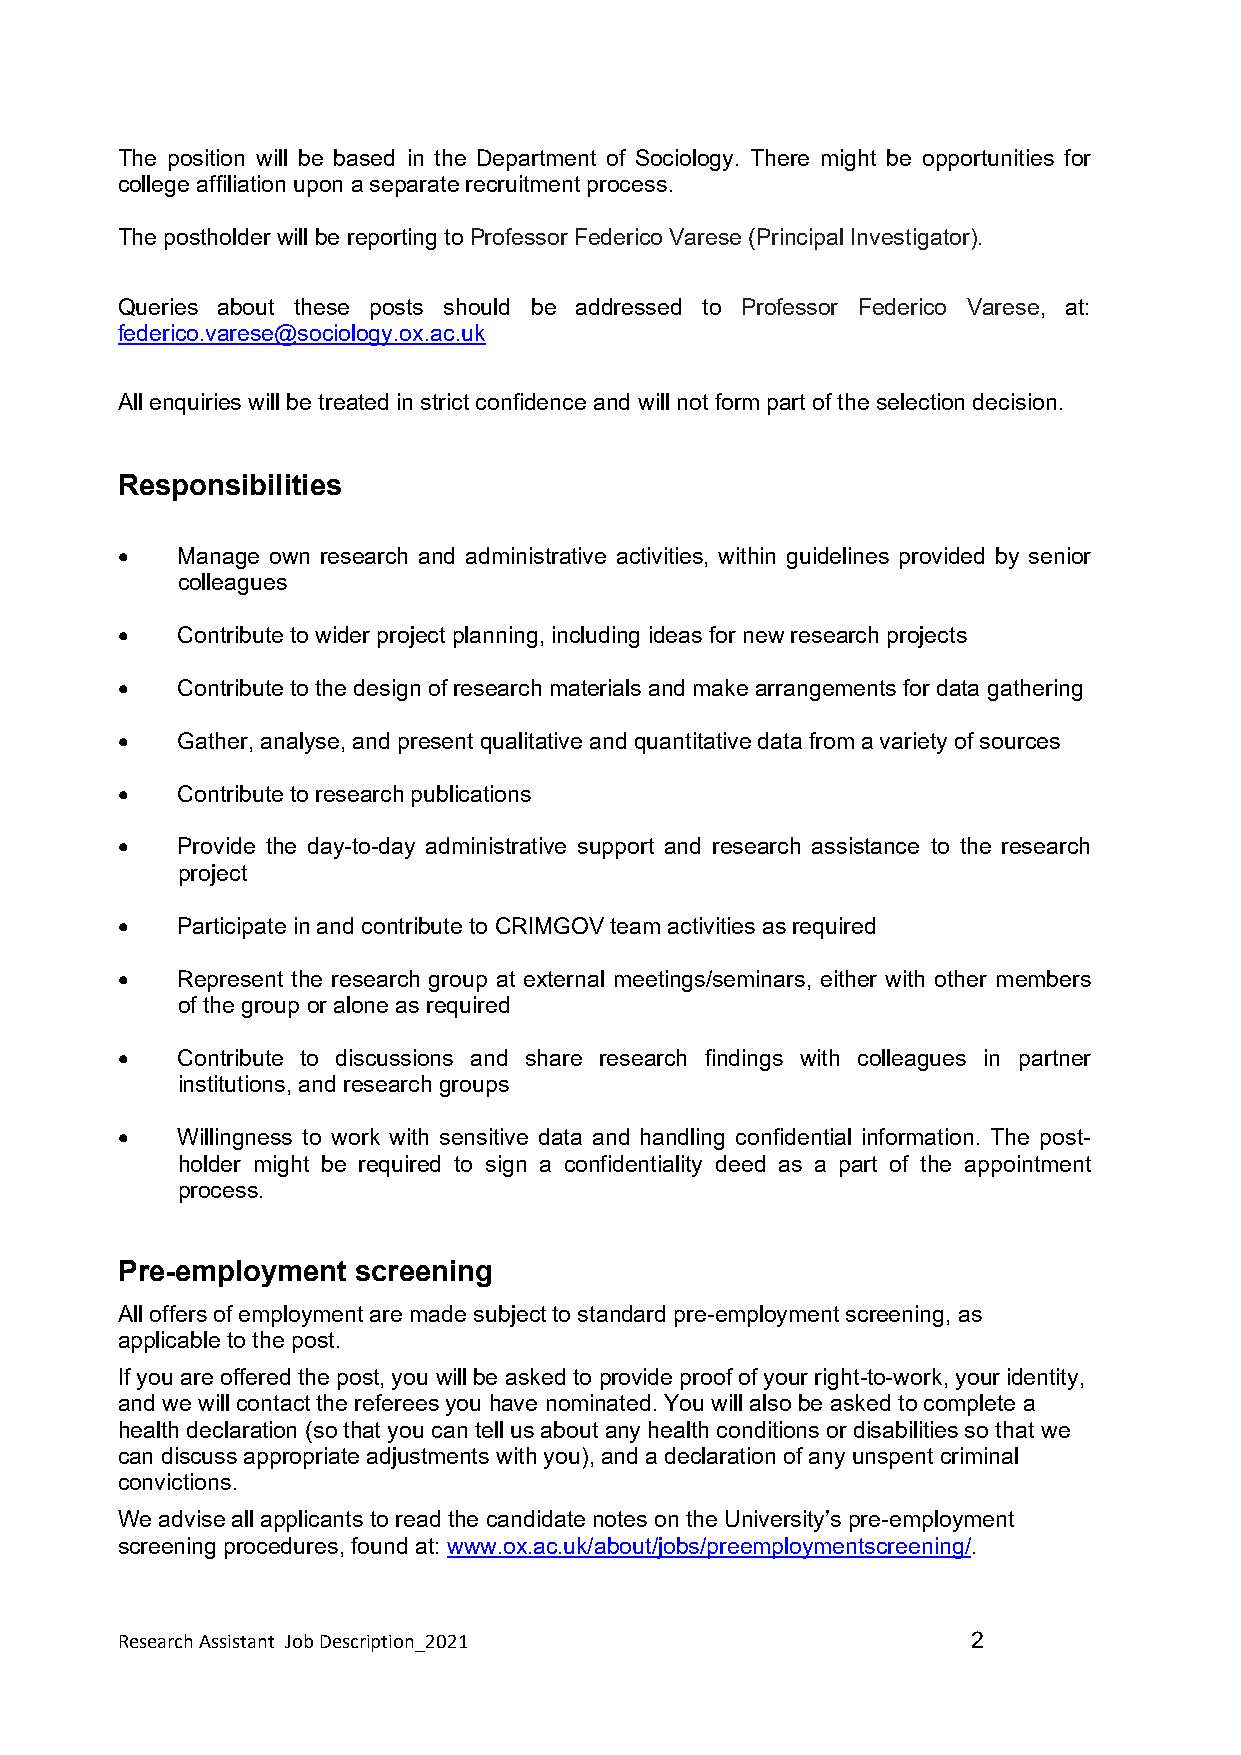
The position will be based in the Department of Sociology. There might be opportunities for
 college affiliation upon a separate recruitment process.
 The postholder will be reporting to Professor Federico Varese (Principal Investigator).
 Queries about these posts should be addressed to Professor Federico Varese, at:
 federico.varese@sociology.ox.ac.uk
 All enquiries will be treated in strict confidence and will not form part of the selection decision.
 Responsibilities
    Manage own research and administrative activities, within guidelines provided by senior
 colleagues
    Contribute to wider project planning, including ideas for new research projects
    Contribute to the design of research materials and make arrangements for data gathering
    Gather, analyse, and present qualitative and quantitative data from a variety of sources
    Contribute to research publications
    Provide the day-to-day administrative support and research assistance to the research
 project
    Participate in and contribute to CRIMGOV team activities as required
    Represent the research group at external meetings/seminars, either with other members
 of the group or alone as required
    Contribute to discussions and share research findings with colleagues in partner
 institutions, and research groups
    Willingness to work with sensitive data and handling confidential information. The post-
 holder might be required to sign a confidentiality deed as a part of the appointment
 process.
 Pre-employment  screening
 All offers of employment are made subject to standard pre-employment screening, as
 applicable to the post.
 If you are offered the post, you will be asked to provide proof of your right-to-work, your identity,
 and we will contact the referees you have nominated. You will also be asked to complete a
 health declaration (so that you can tell us about any health conditions or disabilities so that we
 can discuss appropriate adjustments with you), and a declaration of any unspent criminal
 convictions.
 We advise all applicants to read the candidate notes on the University’s pre-employment
 screening procedures, found at: www.ox.ac.uk/about/jobs/preemploymentscreening/.
 Research Assistant Job Description_2021                 2